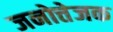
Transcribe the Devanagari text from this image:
जनोत्तेजक